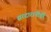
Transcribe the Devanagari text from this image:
सरदारांनीही